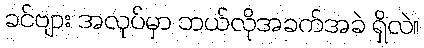
ခင်ဗျား အလုပ်မှာ ဘယ်လိုအခက်အခဲ ရှိလဲ။